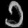
Digit: ၁